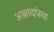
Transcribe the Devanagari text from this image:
आझादांसह